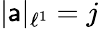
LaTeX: |\mathsf{a}|_{\ell^{1}}=j